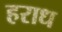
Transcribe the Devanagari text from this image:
हराध